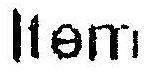
ITEM